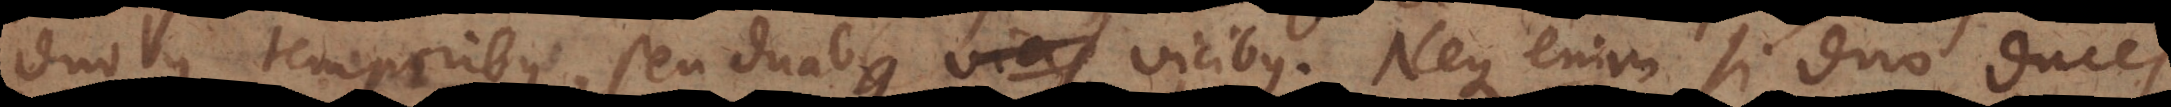
duobus temporibus, seu duabus vicibus. Neque enim si duo duces